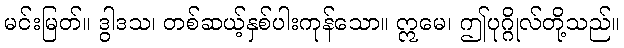
မင်းမြတ်။ ဒွါဒသ၊ တစ်ဆယ့်နှစ်ပါးကုန်သော။ ဣမေ၊ ဤပုဂ္ဂိုလ်တို့သည်။